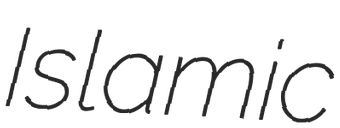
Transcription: Islamic